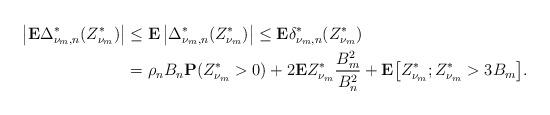
LaTeX: \begin{align*}\left|\mathbf{E}\Delta_{\nu_m,n}^*(Z_{\nu_m}^*)\right|&\le \mathbf{E}\left|\Delta_{\nu_m,n}^*(Z_{\nu_m}^*)\right|\le \mathbf{E}\delta_{\nu_m,n}^*(Z_{\nu_m}^*)\\&=\rho_nB_n{\mathbf{P}}(Z_{\nu_m}^*>0)+2{\mathbf{E}}Z_{\nu_m}^*\frac{B_m^2}{B_n^2}+ {\mathbf{E}}\big[Z_{\nu_m}^*;Z_{\nu_m}^*>3B_m\big].\end{align*}